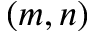
( m , n )